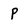
Character: p